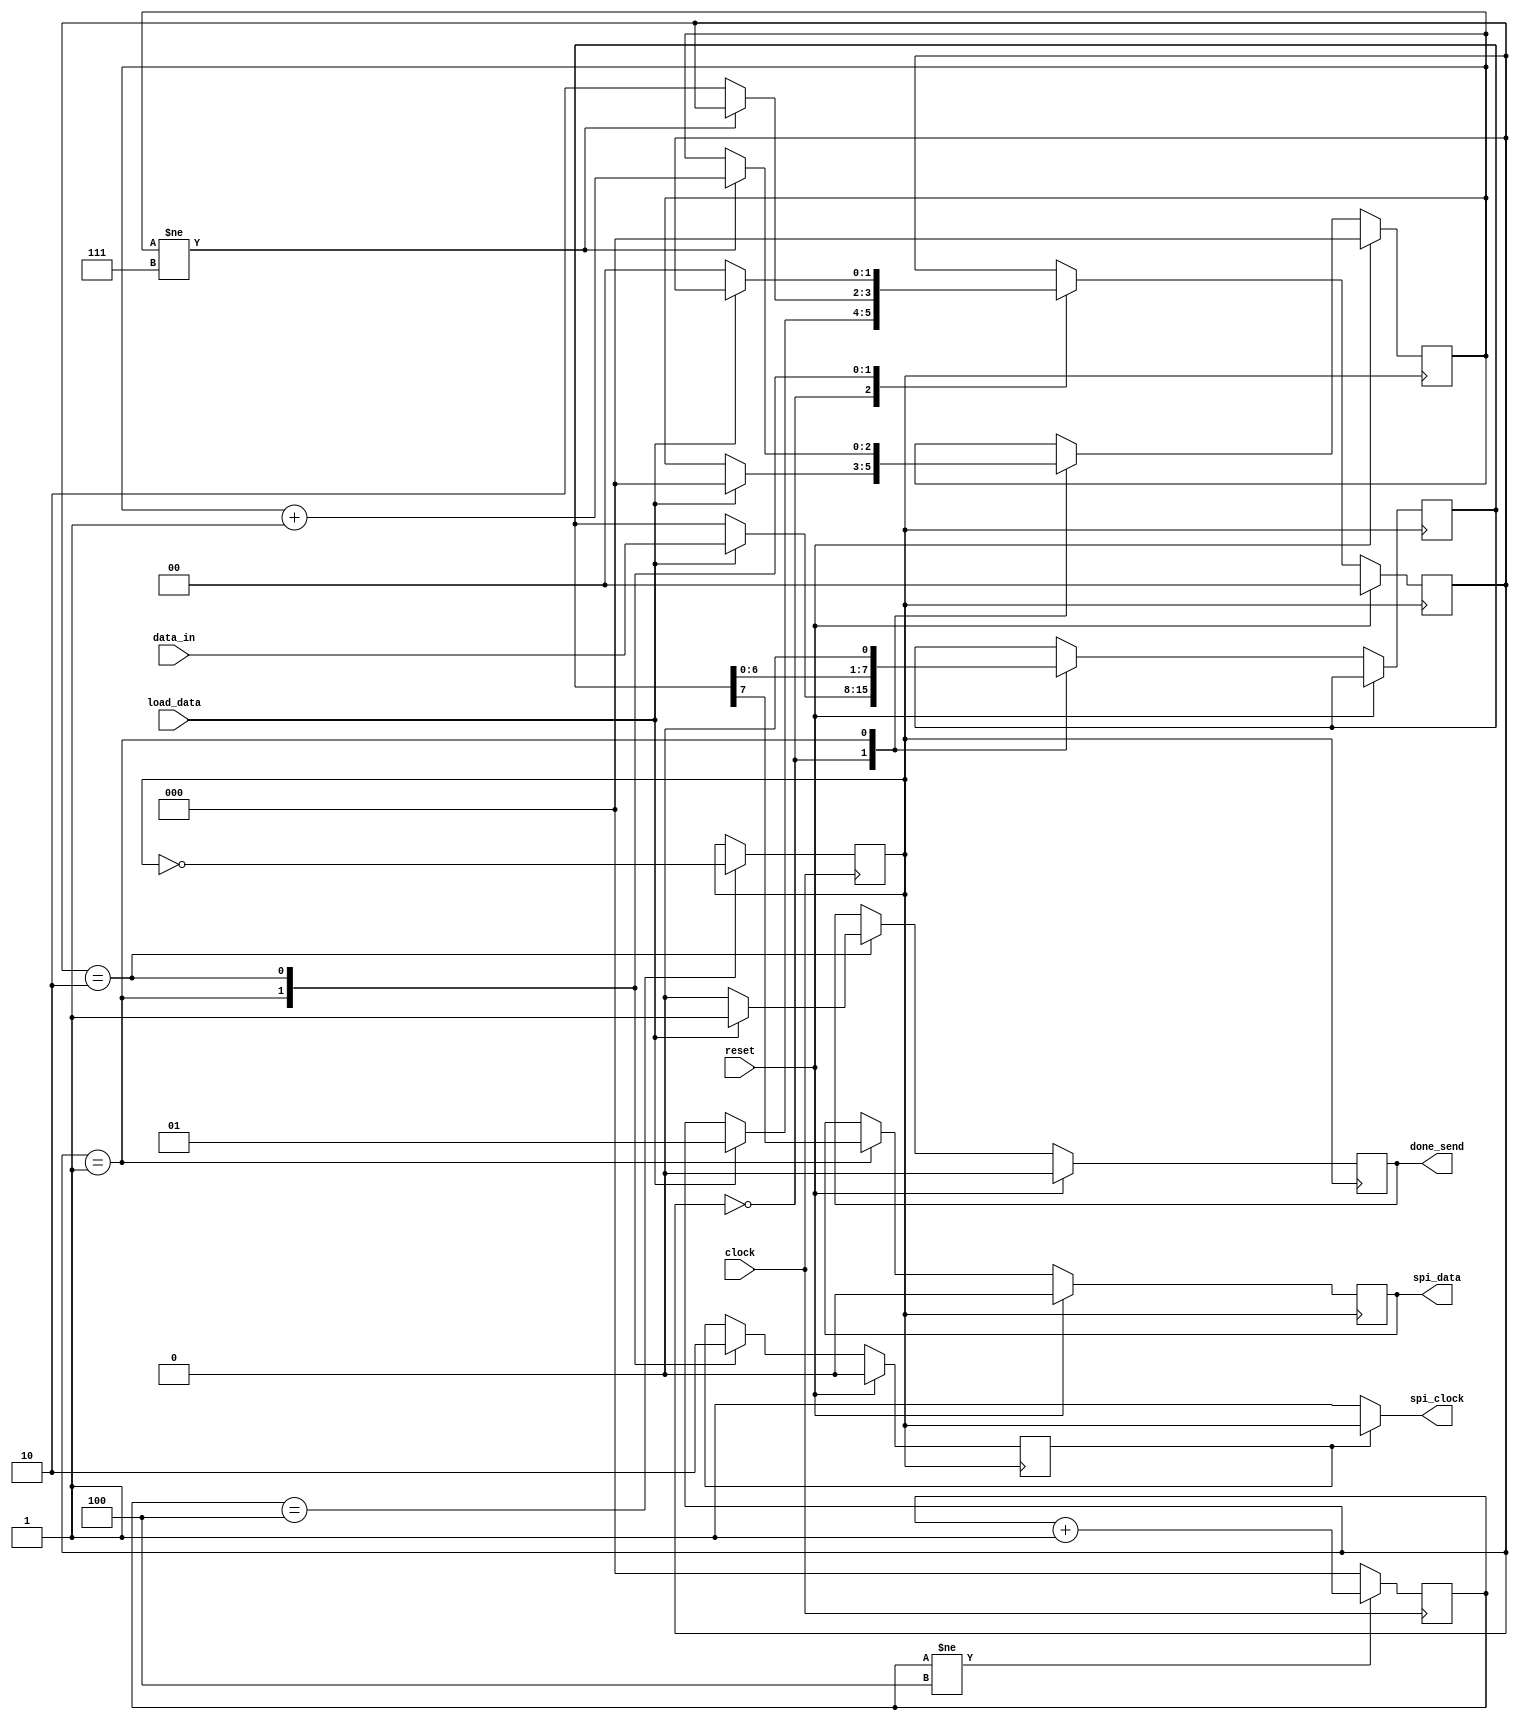
`timescale 1ns / 1ps
//////////////////////////////////////////////////////////////////////////////////
// Company:
// Engineer:
//
// Design Name:
// Module Name: spiControl
// Project Name:
// Target Devices:
// Tool Versions:
// Description:
//
// Dependencies:
//
// Revision:
// Revision 0.01 - File Created
// Additional Comments:
//
//////////////////////////////////////////////////////////////////////////////////

module spiControl(clock, reset, data_in, load_data, spi_clock, spi_data, done_send);
    input clock; // On board Zynq clock(100 MHz)
    input reset;
    input [7:0] data_in;
    input load_data; // signal indicates new data for transmission
    output spi_clock;  // maximum 10 MHz
    output reg spi_data;
    output reg done_send; // signal indicates that data has been sent over spi interface
   
    reg [2:0] counter = 0;
    reg [2:0] dataCount;
    reg [7:0] shiftReg;
    reg [1:0] state;
    reg clock_10;
    reg CE;
    assign spi_clock = (CE == 1) ? clock_10 : 1'b1;
    localparam IDLE = 2'b00, SEND = 2'b01, DONE = 2'b10;
    always @(posedge clock)
    begin
        if(counter != 4)
            counter <= counter + 1;
        else
            counter <= 0;
    end
    initial    // this initial block is not manadatory. It is only for simulation purposes.
    begin
        clock_10 <= 0;
    end
    always @(posedge clock)
    begin
        if(counter == 4)
            clock_10 <= ~clock_10;
    end
   
   
    always @(negedge clock_10)    // data should be sent at negative edge of clock so that oled can read it at positive edge
    begin
        if(reset)
        begin
            state <= IDLE;
            dataCount <= 0;
            done_send <= 0;
            CE <= 0;
            spi_data <= 1'b0;
        end
        else
        begin
            case(state)
                IDLE: begin
                            if(load_data)    // when data is to be sent
                            begin
                                shiftReg <= data_in;
                                state <= SEND;
                                dataCount <= 0;
                            end
                      end
                SEND: begin
                            spi_data <= shiftReg[7];
                            shiftReg <= {shiftReg[6:0], 1'b0};   // 6 bit now becomes seventh bit
                            CE <= 1;
                            if(dataCount != 7)
                                dataCount <= dataCount + 1;
                           
                            else    // when data count is 7
                                state <= DONE;
                           
                      end
                 
                  DONE: begin
                            CE <= 0;
                            done_send <= 1'b1;
                            if(!load_data)
                            begin
                                done_send <= 1'b0;
                                state <= IDLE;
                            end
                        end
            endcase
                   
        end
    end
endmodule